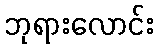
ဘုရားလောင်း